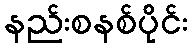
နည်းစနစ်ပိုင်း